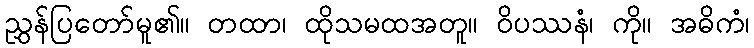
ညွှန်ပြတော်မူ၏။ တထာ၊ ထိုသမထအတူ။ ဝိပဿနံ၊ ကို။ အဓိကံ၊